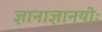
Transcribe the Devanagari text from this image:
ज्ञानाज्ञानयोः